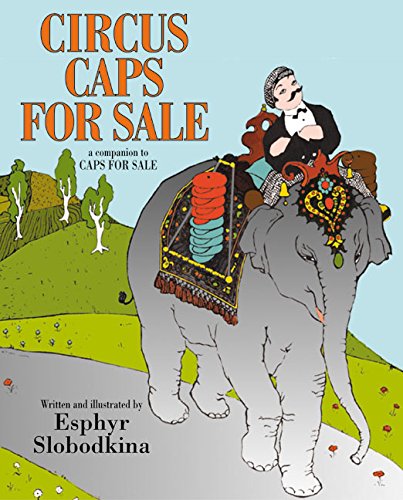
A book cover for Circus Caps for Sale; Esphyr Slobodkina; Children's Books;